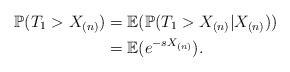
LaTeX: \begin{align*} \mathbb{P}(T_{1}>X_{(n)})&=\mathbb{E}(\mathbb{P}(T_{1}>X_{(n)}|X_{(n)}))\\ &=\mathbb{E}(e^{-sX_{(n)}}).\end{align*}